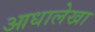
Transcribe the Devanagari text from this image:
आधालेखा